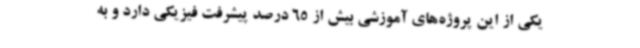
یکی از این پروژه‌های آموزشی بیش از 65 درصد پیشرفت فیزیکی دارد و به